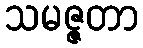
သမဇ္ဇတာ